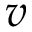
v